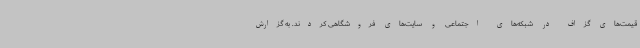
قیمت‌های گزاف در شبکه‌های اجتماعی و سایت‌های فروشگاهی کردند. به گزارش